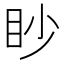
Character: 眇